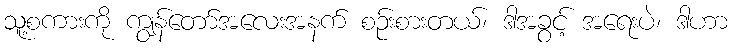
သူ့စကားကို ကျွန်တော်အလေးအနက် စဉ်းစားတယ်၊ ဒါအခွင့် အရေးပဲ၊ ဒါဟာ